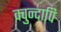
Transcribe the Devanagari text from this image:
क्वुन्दापि